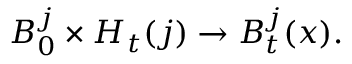
B _ { 0 } ^ { j } \times H _ { t } ( j ) \to B _ { t } ^ { j } ( x ) .